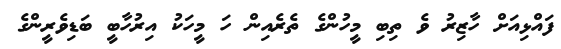
ފައްޅިއަށް ހާޒިރު ވެ ތިބި މީހުންގެ ތެރެއިން ހަ މީހަކު އިރުހާބީ ބަޑިވެރީންގެ